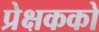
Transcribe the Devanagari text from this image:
प्रेक्षकको